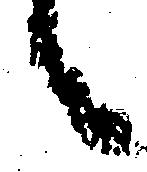
之